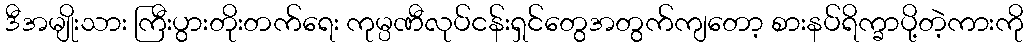
ဒီအမျိုးသား ကြီးပွားတိုးတက်ရေး ကုမ္ပဏီလုပ်ငန်းရှင်တွေအတွက်ကျတော့ စားနပ်ရိက္ခာပို့တဲ့ကားကို